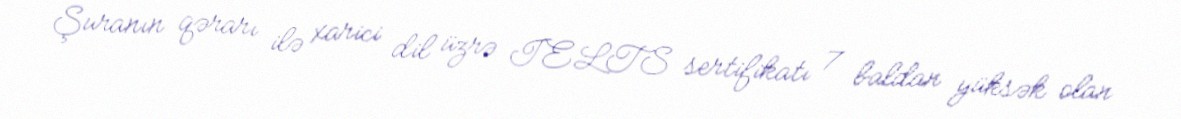
Şuranın qərarı ilə xarici dil üzrə IELTS sertifikatı 7 baldan yüksək olan